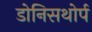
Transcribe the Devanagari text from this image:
डोनिसथोर्प